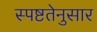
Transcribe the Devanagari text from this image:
स्पष्टतेनुसार